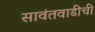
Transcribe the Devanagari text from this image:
सावंतवाडीची